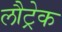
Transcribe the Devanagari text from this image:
लौट्रेक